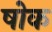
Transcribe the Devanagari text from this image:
षोक